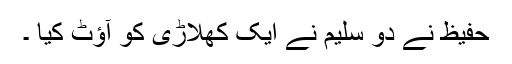
حفیظ نے دو سلیم نے ایک کھلاڑی کو آؤٹ کیا ۔